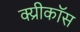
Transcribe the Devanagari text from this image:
क्य्रीकॉस